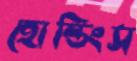
হোল্ডিংস